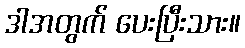
ဒါအတွက် ပေးပြီးသား။